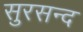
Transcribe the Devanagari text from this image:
सुरसन्द